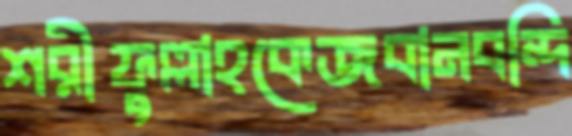
শরীফুল্লাহকেজবানবন্দি